Indian journal of veterinary science and animal husbandry - Volume 2,
Year: 1932
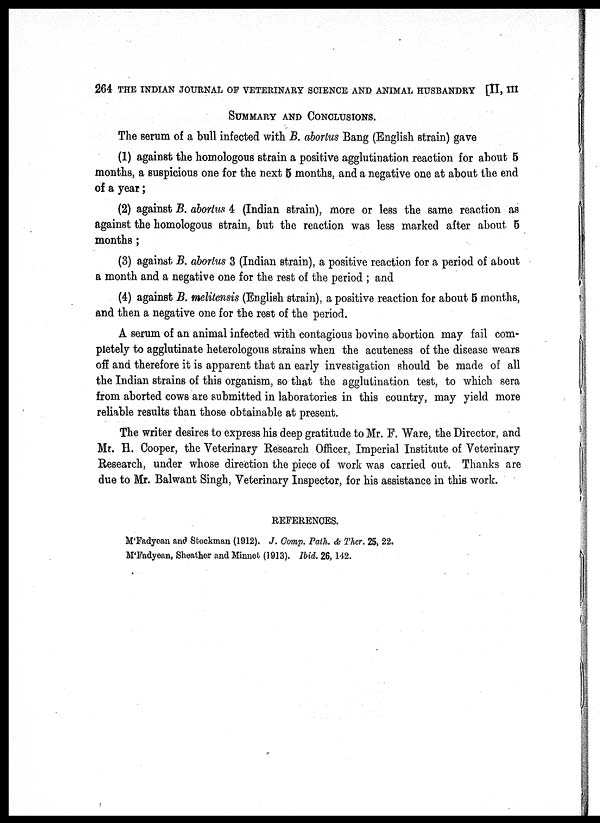
264 THE INDIAN JOURNAL OF VETERINARY SCIENCE AND ANIMAL HUSBANDRY [II, III
SUMMARY AND CONCLUSIONS.
The serum of a bull infected with B. abortus Bang (English strain) gave
(1) against the homologous strain a positive agglutination reaction for about 5
months, a suspicious one for the next 5 months, and a negative one at about the end
of a year;
(2) against B. abortus 4 (Indian strain), more or less the same reaction as
against the homologous strain, but the reaction was less marked after about 5
months ;
(3) against B. abortus 3 (Indian strain), a positive reaction for a period of about
a month and a negative one for the rest of the period ; and
(4) against B. melitensis (English strain), a positive reaction for about 5 months,
and then a negative one for the rest of the period.
A serum of an animal infected with contagious bovine abortion may fail com-
pletely to agglutinate heterologous strains when the acuteness of the disease wears
off and therefore it is apparent that an early investigation should be made of all
the Indian strains of this organism, so that the agglutination test, to which sera
from aborted cows are submitted in laboratories in this country, may yield more
reliable results than those obtainable at present.
The writer desires to express his deep gratitude to Mr. F. Ware, the Director, and
Mr. H. Cooper, the Veterinary Research Officer, Imperial Institute of Veterinary
Research, under whose direction the piece of work was carried out. Thanks are
due to Mr. Balwant Singh, Veterinary Inspector, for his assistance in this work.
REFERENCES.
M'Fadyean and Stockman (1912). J. Comp. Path. & Ther. 25, 22.
M'Fadyean, Sheather and Minnet (1913). Ibid. 26,142.